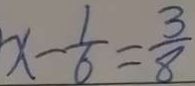
x - \frac { 1 } { 6 } = \frac { 3 } { 8 }